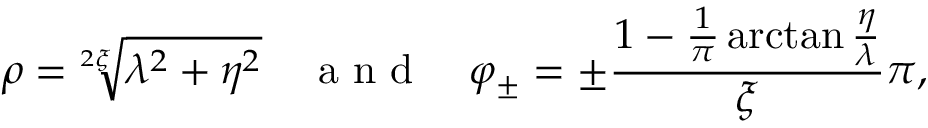
\rho = \sqrt [ 2 \xi ] { \lambda ^ { 2 } + \eta ^ { 2 } } \quad \mathrm { ~ a ~ n ~ d ~ } \quad \varphi _ { \pm } = \pm \frac { 1 - \frac { 1 } { \pi } \arctan \frac { \eta } { \lambda } } { \xi } \pi ,